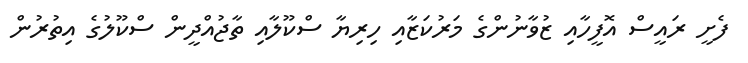
ފެށީ ރައީސް އޮފީހާއި ޒުވާނުންގެ މަރުކަޒާއި ހިރިޔާ ސްކޫލާއި ތާޖުއްދީން ސްކޫލުގެ އިތުރުން